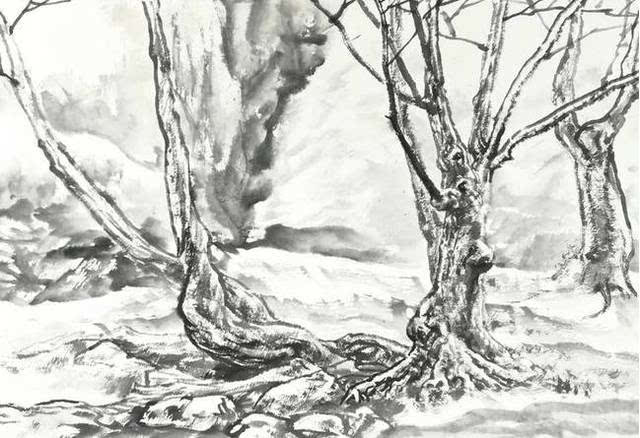
黄云连白草，万里有无间。